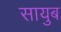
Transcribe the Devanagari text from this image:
सायुब